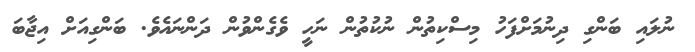
ނުލައި ބަންގި ދިނުމަށްފަހު މިސްކިތުން ނުކުތުން ނަހީ ވެގެންވުން ދަންނައެވެ. ބަންގިއަށް އިޖާބަ